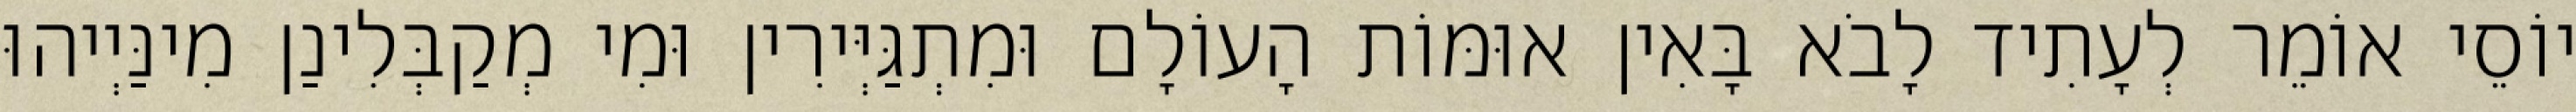
יוֹסֵי אוֹמֵר לְעָתִיד לָבֹא בָּאִין אוּמּוֹת הָעוֹלָם וּמִתְגַּיְּירִין וּמִי מְקַבְּלִינַן מִינַּיְיהוּ